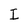
Character: I